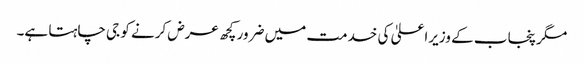
مگر پنجاب کے وزیراعلیٰ کی خدمت میں ضرور کچھ عرض کرنے کو جی چاہتا ہے۔